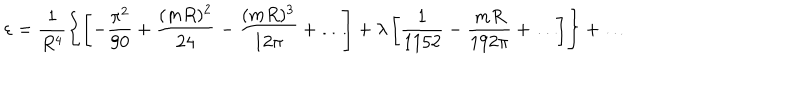
\varepsilon = \frac { 1 } { R ^ { 4 } } \left\{ \left[ - \frac { \pi ^ { 2 } } { 9 0 } + \frac { ( m R ) ^ { 2 } } { 2 4 } - \frac { ( m R ) ^ { 3 } } { 1 2 \pi } + \ldots \right] + \lambda \left[ \frac { 1 } { 1 1 5 2 } - \frac { m R } { 1 9 2 \pi } + \ldots \right] \right\} + \ldots